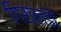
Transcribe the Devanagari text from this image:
गिराल्डी